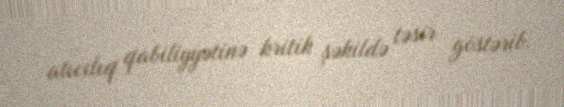
alıcılıq qabiliyyətinə kritik şəkildə təsir göstərib.